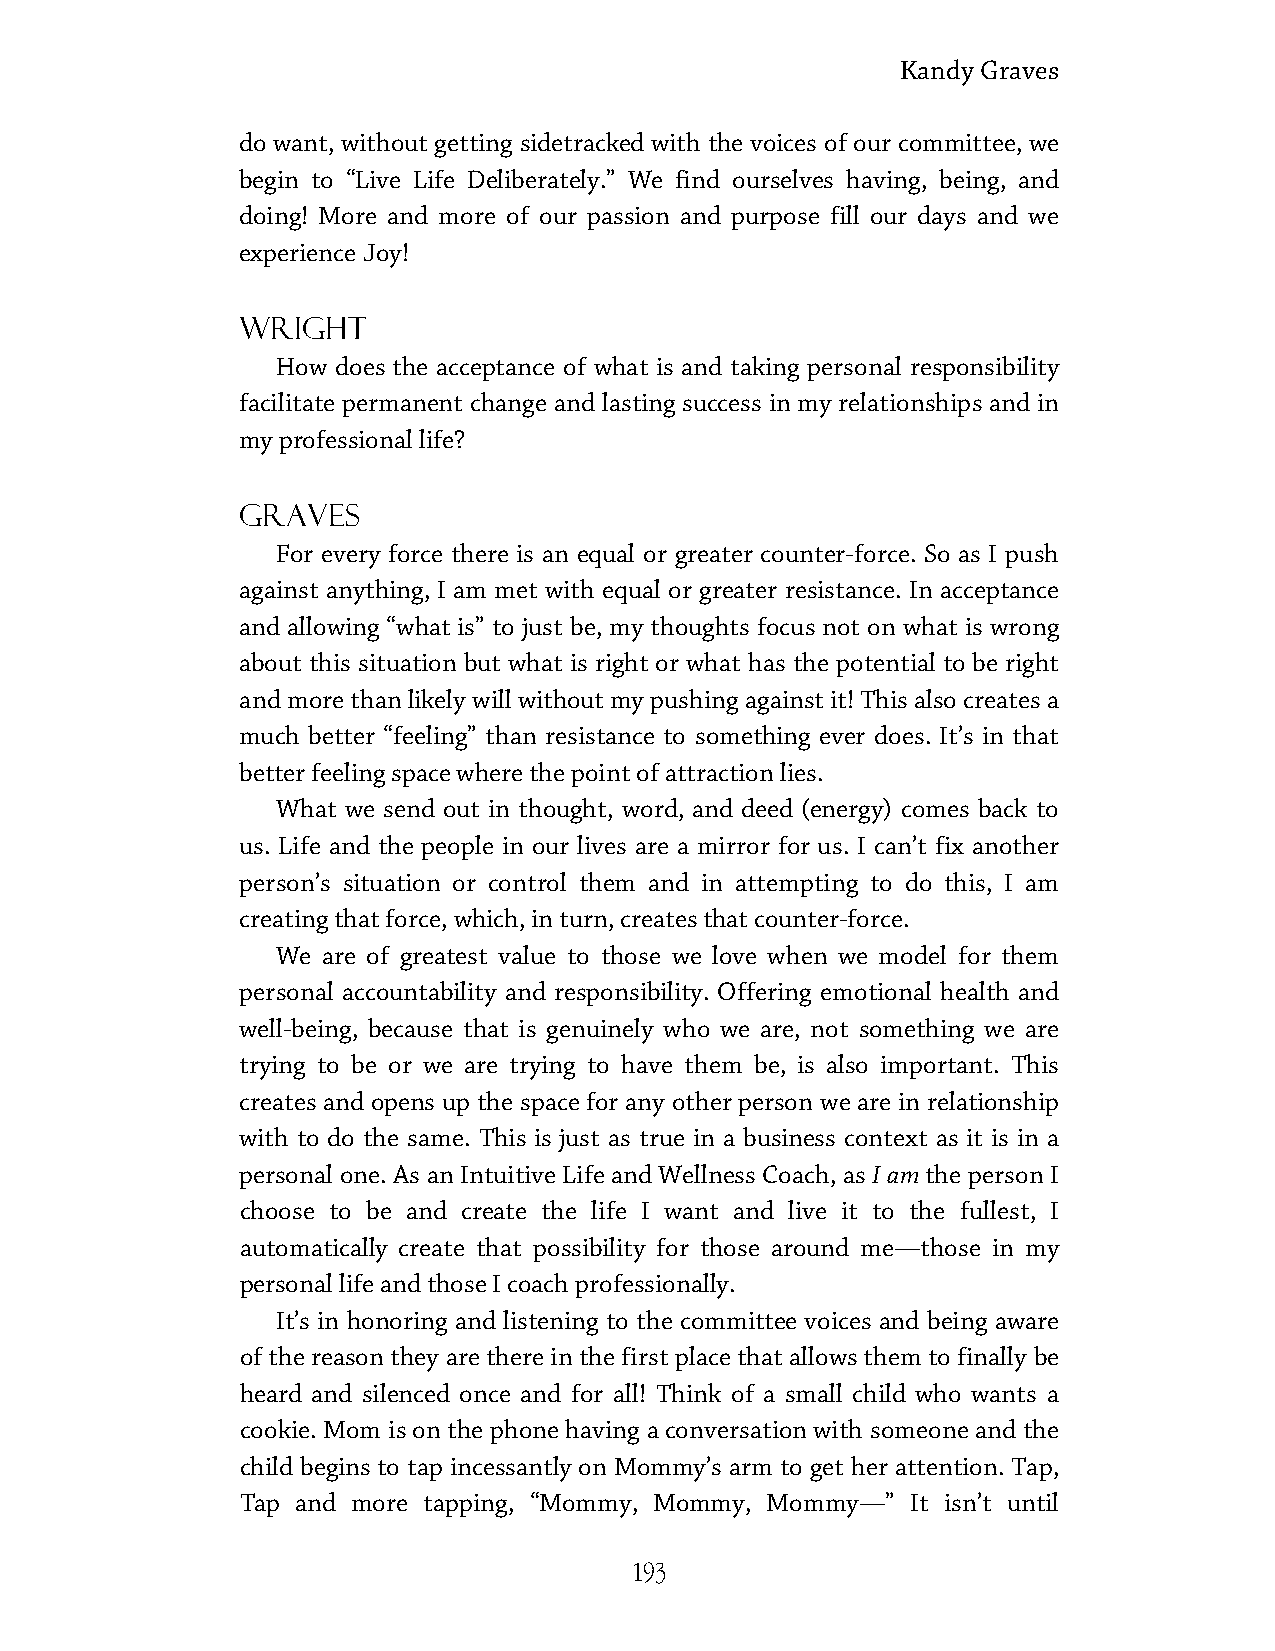
Kandy Graves
 do want, without getting sidetracked with the voices of our committee, we
 begin to “Live Life Deliberately.” We find ourselves having, being, and
 doing! More and more of our passion and purpose fill our days and we
 experience Joy!
 Wright
 How does the acceptance of what is and taking personal responsibility
 facilitate permanent change and lasting success in my relationships and in
 my professional life?
 Graves
 For every force there is an equal or greater counter-force. So as I push
 against anything, I am met with equal or greater resistance. In acceptance
 and allowing “what is” to just be, my thoughts focus not on what is wrong
 about this situation but what is right or what has the potential to be right
 and more than likely will without my pushing against it! This also creates a
 much better “feeling” than resistance to something ever does. It’s in that
 better feeling space where the point of attraction lies.
 What we send out in thought, word, and deed (energy) comes back to
 us. Life and the people in our lives are a mirror for us. I can’t fix another
 person’s situation or control them and in attempting to do this, I am
 creating that force, which, in turn, creates that counter-force.
 We are of greatest value to those we love when we model for them
 personal accountability and responsibility. Offering emotional health and
 well-being, because that is genuinely who we are, not something we are
 trying to be or we are trying to have them be, is also important. This
 creates and opens up the space for any other person we are in relationship
 with to do the same. This is just as true in a business context as it is in a
 personal one. As an Intuitive Life and Wellness Coach, as I am the person I
 choose to be and create the life I want and live it to the fullest, I
 automatically create that possibility for those around me—those in my
 personal life and those I coach professionally.
 It’s in honoring and listening to the committee voices and being aware
 of the reason they are there in the first place that allows them to finally be
 heard and silenced once and for all! Think of a small child who wants a
 cookie. Mom is on the phone having a conversation with someone and the
 child begins to tap incessantly on Mommy’s arm to get her attention. Tap,
 Tap and more tapping, “Mommy, Mommy, Mommy—” It isn’t until
 193